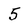
Character: 5